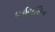
ધઇબલિન